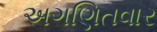
અગણિતવાર